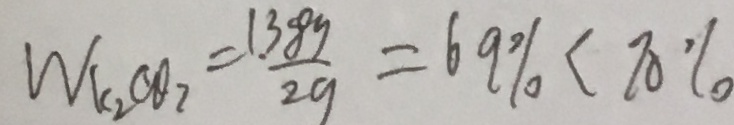
W _ { k _ { 2 } C O _ { 2 } } = \frac { 1 . 3 8 g } { 2 g } = 6 9 \% < 7 0 \%